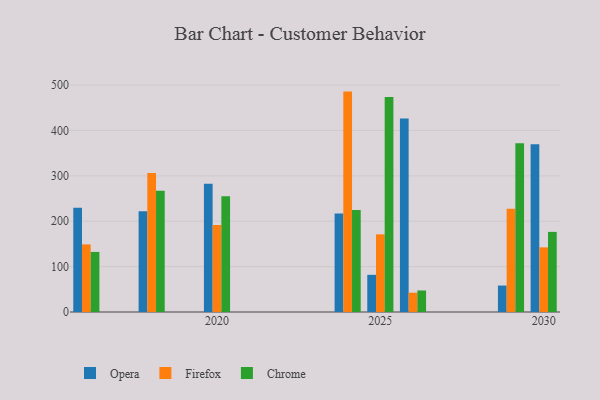
{"axis": {"x": "Year", "y": "Satisfaction Score"}, "legend": ["Chrome", "Firefox", "Opera"], "data": [{"x": "2018", "y": 222.2, "type": "Opera"}, {"x": "2018", "y": 306.4, "type": "Firefox"}, {"x": "2018", "y": 267.0, "type": "Chrome"}, {"x": "2030", "y": 369.7, "type": "Opera"}, {"x": "2030", "y": 142.4, "type": "Firefox"}, {"x": "2030", "y": 176.5, "type": "Chrome"}, {"x": "2016", "y": 229.8, "type": "Opera"}, {"x": "2016", "y": 148.9, "type": "Firefox"}, {"x": "2016", "y": 132.4, "type": "Chrome"}, {"x": "2024", "y": 217.2, "type": "Opera"}, {"x": "2024", "y": 485.6, "type": "Firefox"}, {"x": "2024", "y": 224.6, "type": "Chrome"}, {"x": "2025", "y": 81.9, "type": "Opera"}, {"x": "2025", "y": 171.1, "type": "Firefox"}, {"x": "2025", "y": 473.9, "type": "Chrome"}, {"x": "2026", "y": 426.3, "type": "Opera"}, {"x": "2026", "y": 42.5, "type": "Firefox"}, {"x": "2026", "y": 47.4, "type": "Chrome"}, {"x": "2020", "y": 282.8, "type": "Opera"}, {"x": "2020", "y": 191.8, "type": "Firefox"}, {"x": "2020", "y": 255.1, "type": "Chrome"}, {"x": "2029", "y": 58.3, "type": "Opera"}, {"x": "2029", "y": 227.4, "type": "Firefox"}, {"x": "2029", "y": 371.6, "type": "Chrome"}]}